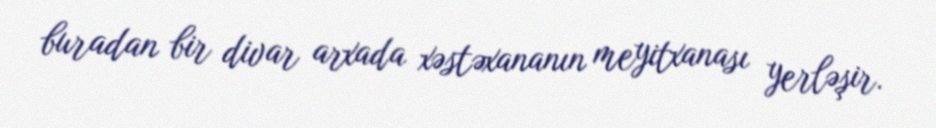
buradan bir divar arxada xəstəxananın meyitxanası yerləşir.